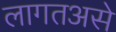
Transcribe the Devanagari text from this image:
लागतअसे